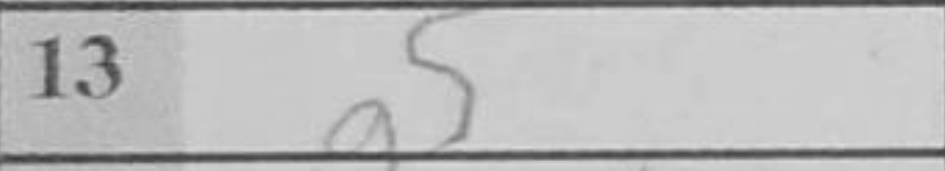
Transcription: g5